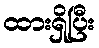
ထားရှိပြီး